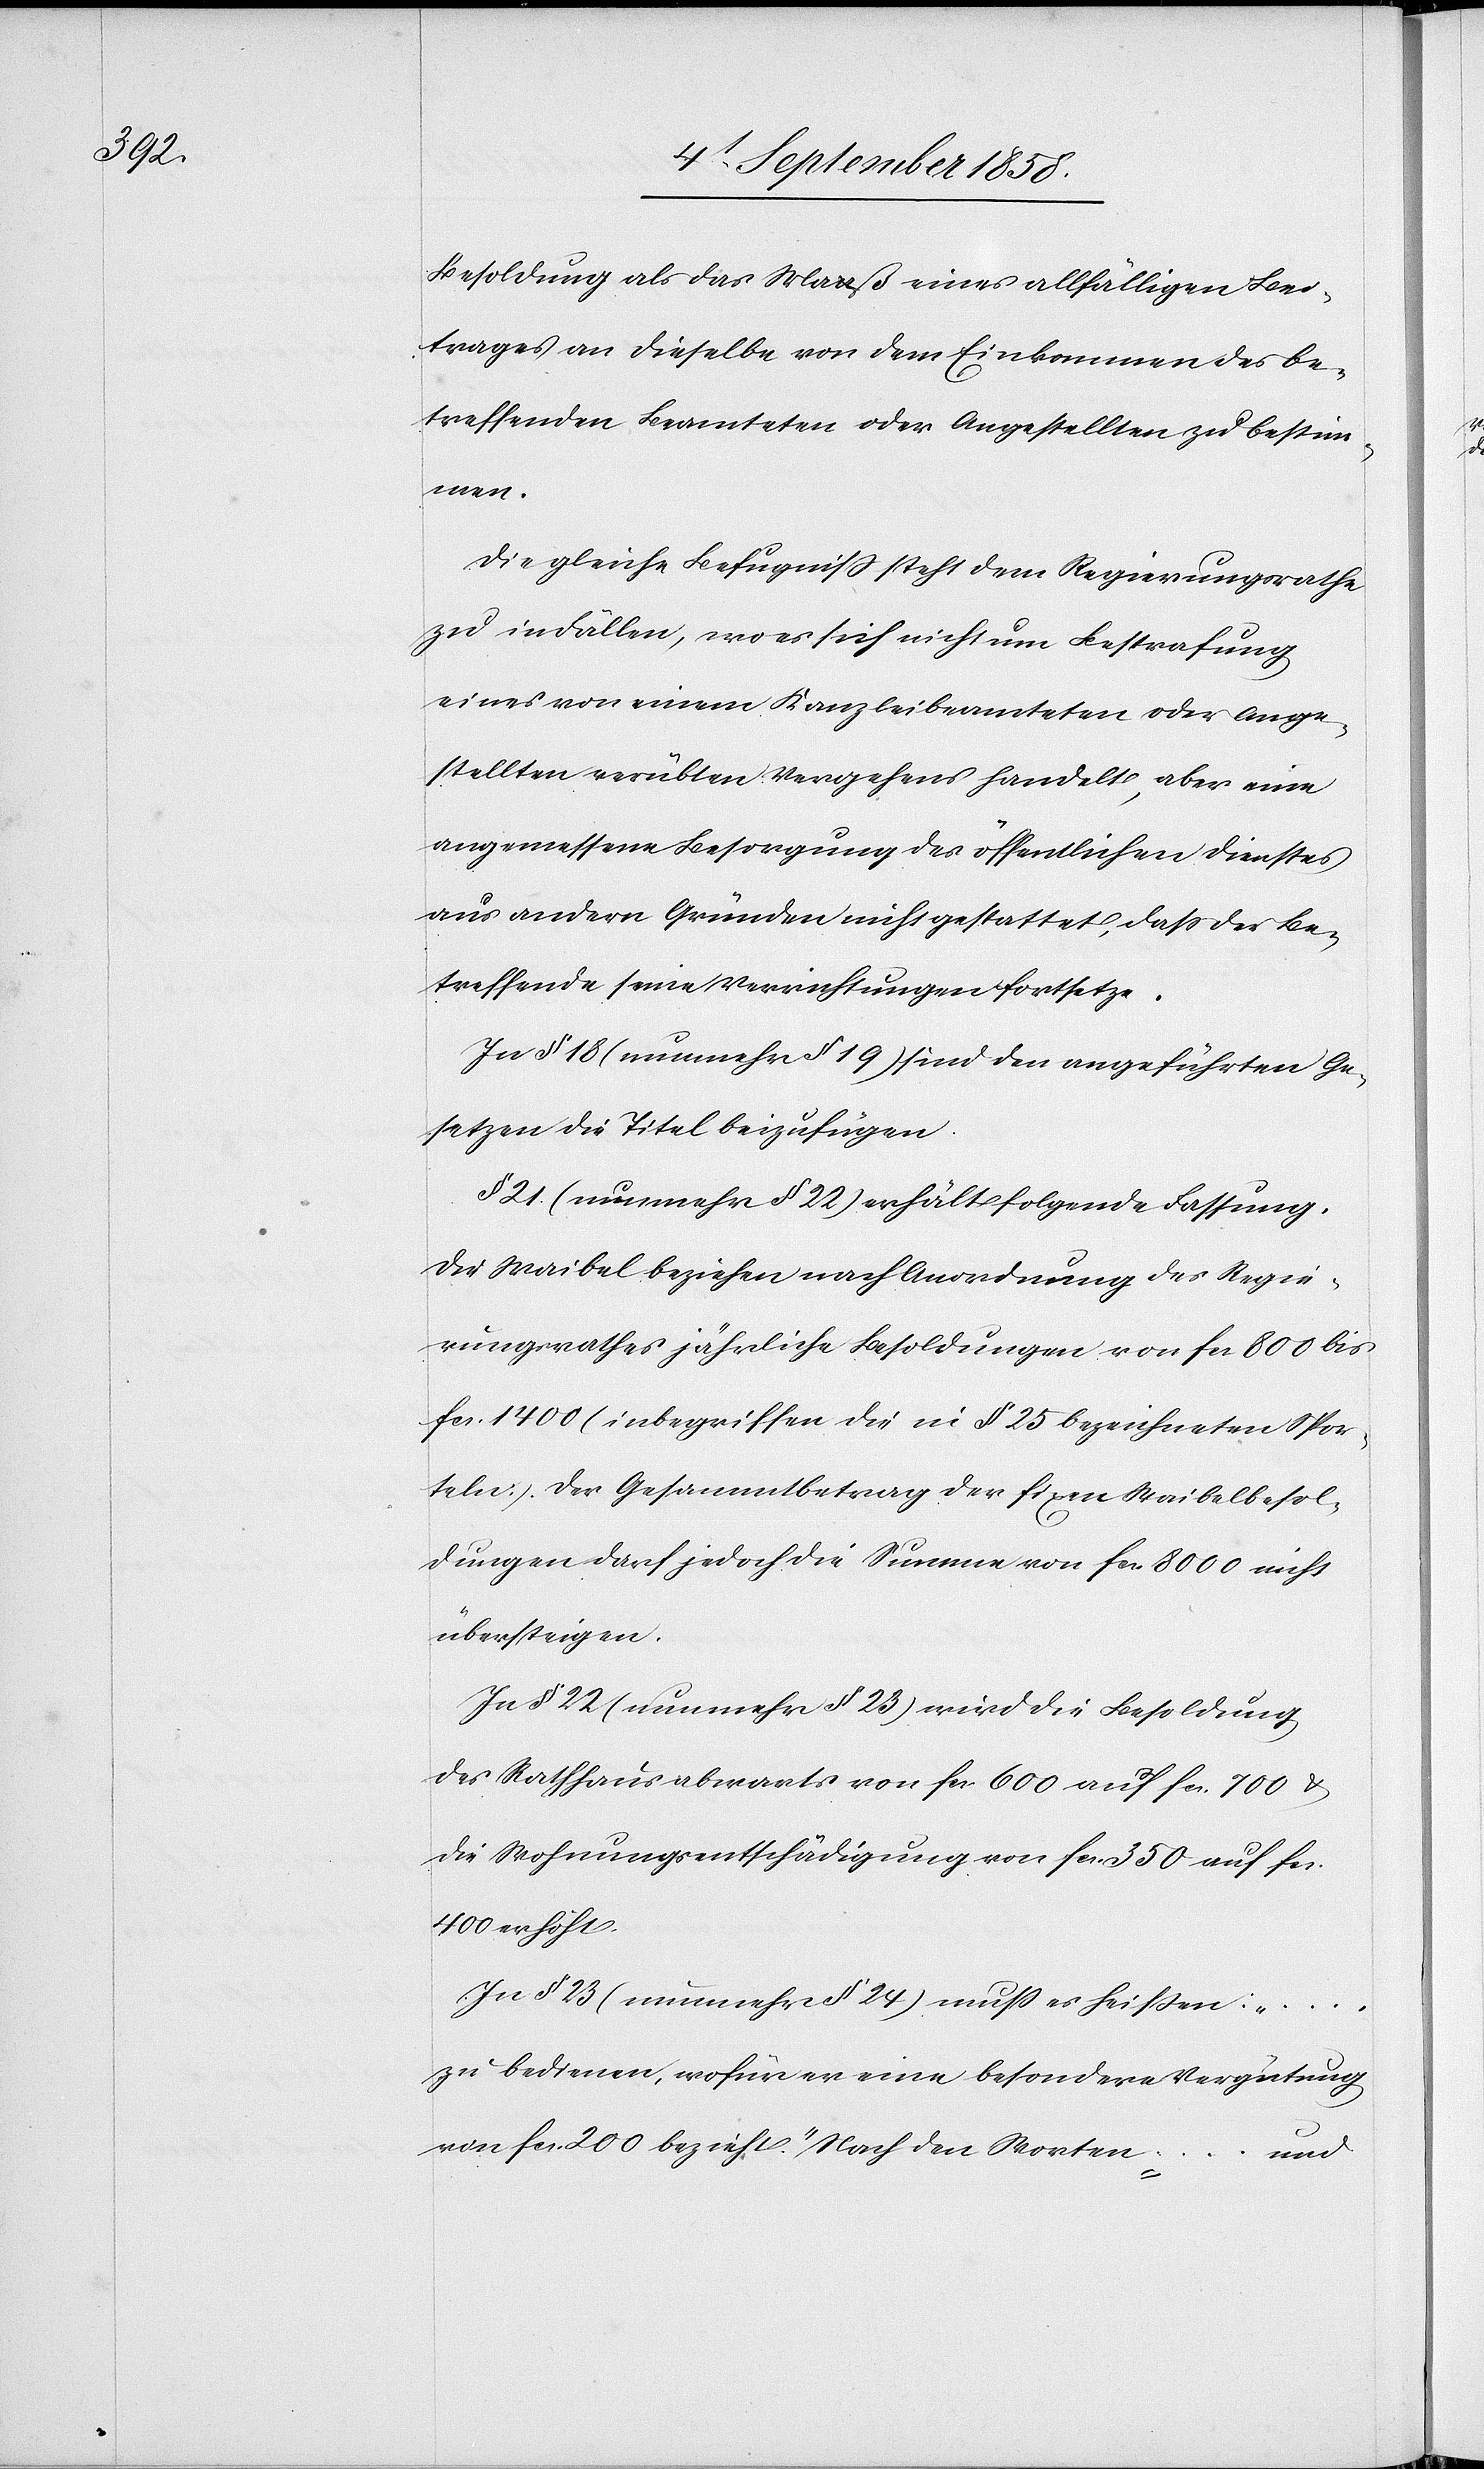
cs.

Besoldung als das Maa-a-aß eines allfälligen Bei¬
trages an dieselbe von dem Einkommen des be¬
treffenden Beamteten oder Angestellten zu bestim¬
men.
Die gleiche Befugniss steht dem Regierungsrathe
zu in Fällen, wo es sich nicht um Bestrafung
eines von einem Kanzleibeamteten oder Ange¬
stellten verübten Vergehens handelt, aber eine
angemessene Besorgung des öffentlichen Dienstes
aus andern Gründen nicht gestattet, dass der Be¬
treffende seine Verrichtungen fortsetze.
In § 18 (nunmehr § 19) sind den angeführten Ge¬
setzen die Titel beizufügen.
§ 21. (nunmehr § 22) erhält folgende Fassung.
Die Waibel beziehen nach Anordnung des Regie¬
rungsrathes jährliche Besoldungen von fcs. 800 bis
fcs. 1400 (inbegriffen die in § 25 bezeichneten Spor¬
teln). Der Gesammtbetrag der fixen Waibelbesol¬
dungen darf jedoch die Summe von fcs. 8000 nicht
übersteigen.
In § 22 (nunmehr § 23) wird die Besoldung
des Rathhausabwarts von fcs. 600 auf fcs. 700 &
die Wohnungsentschädigung von fcs. 350 auf f¬
400 erhöht.
In § 23 (nunmehr § 24) muss es heißen: „ …
zu bedienen, wofür er eine besondere Vergütung
von fcs. 200 bezieht.“ Nach den Worten
und